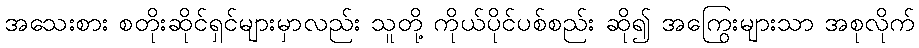
အသေးစား စတိုးဆိုင်ရှင်များမှာလည်း သူတို့ ကိုယ်ပိုင်ပစ်စည်း ဆို၍ အကြွေးများသာ အစုလိုက်